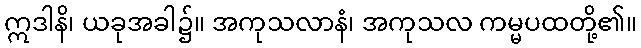
ဣဒါနိ၊ ယခုအခါ၌။ အကုသလာနံ၊ အကုသလ ကမ္မပထတို့၏။